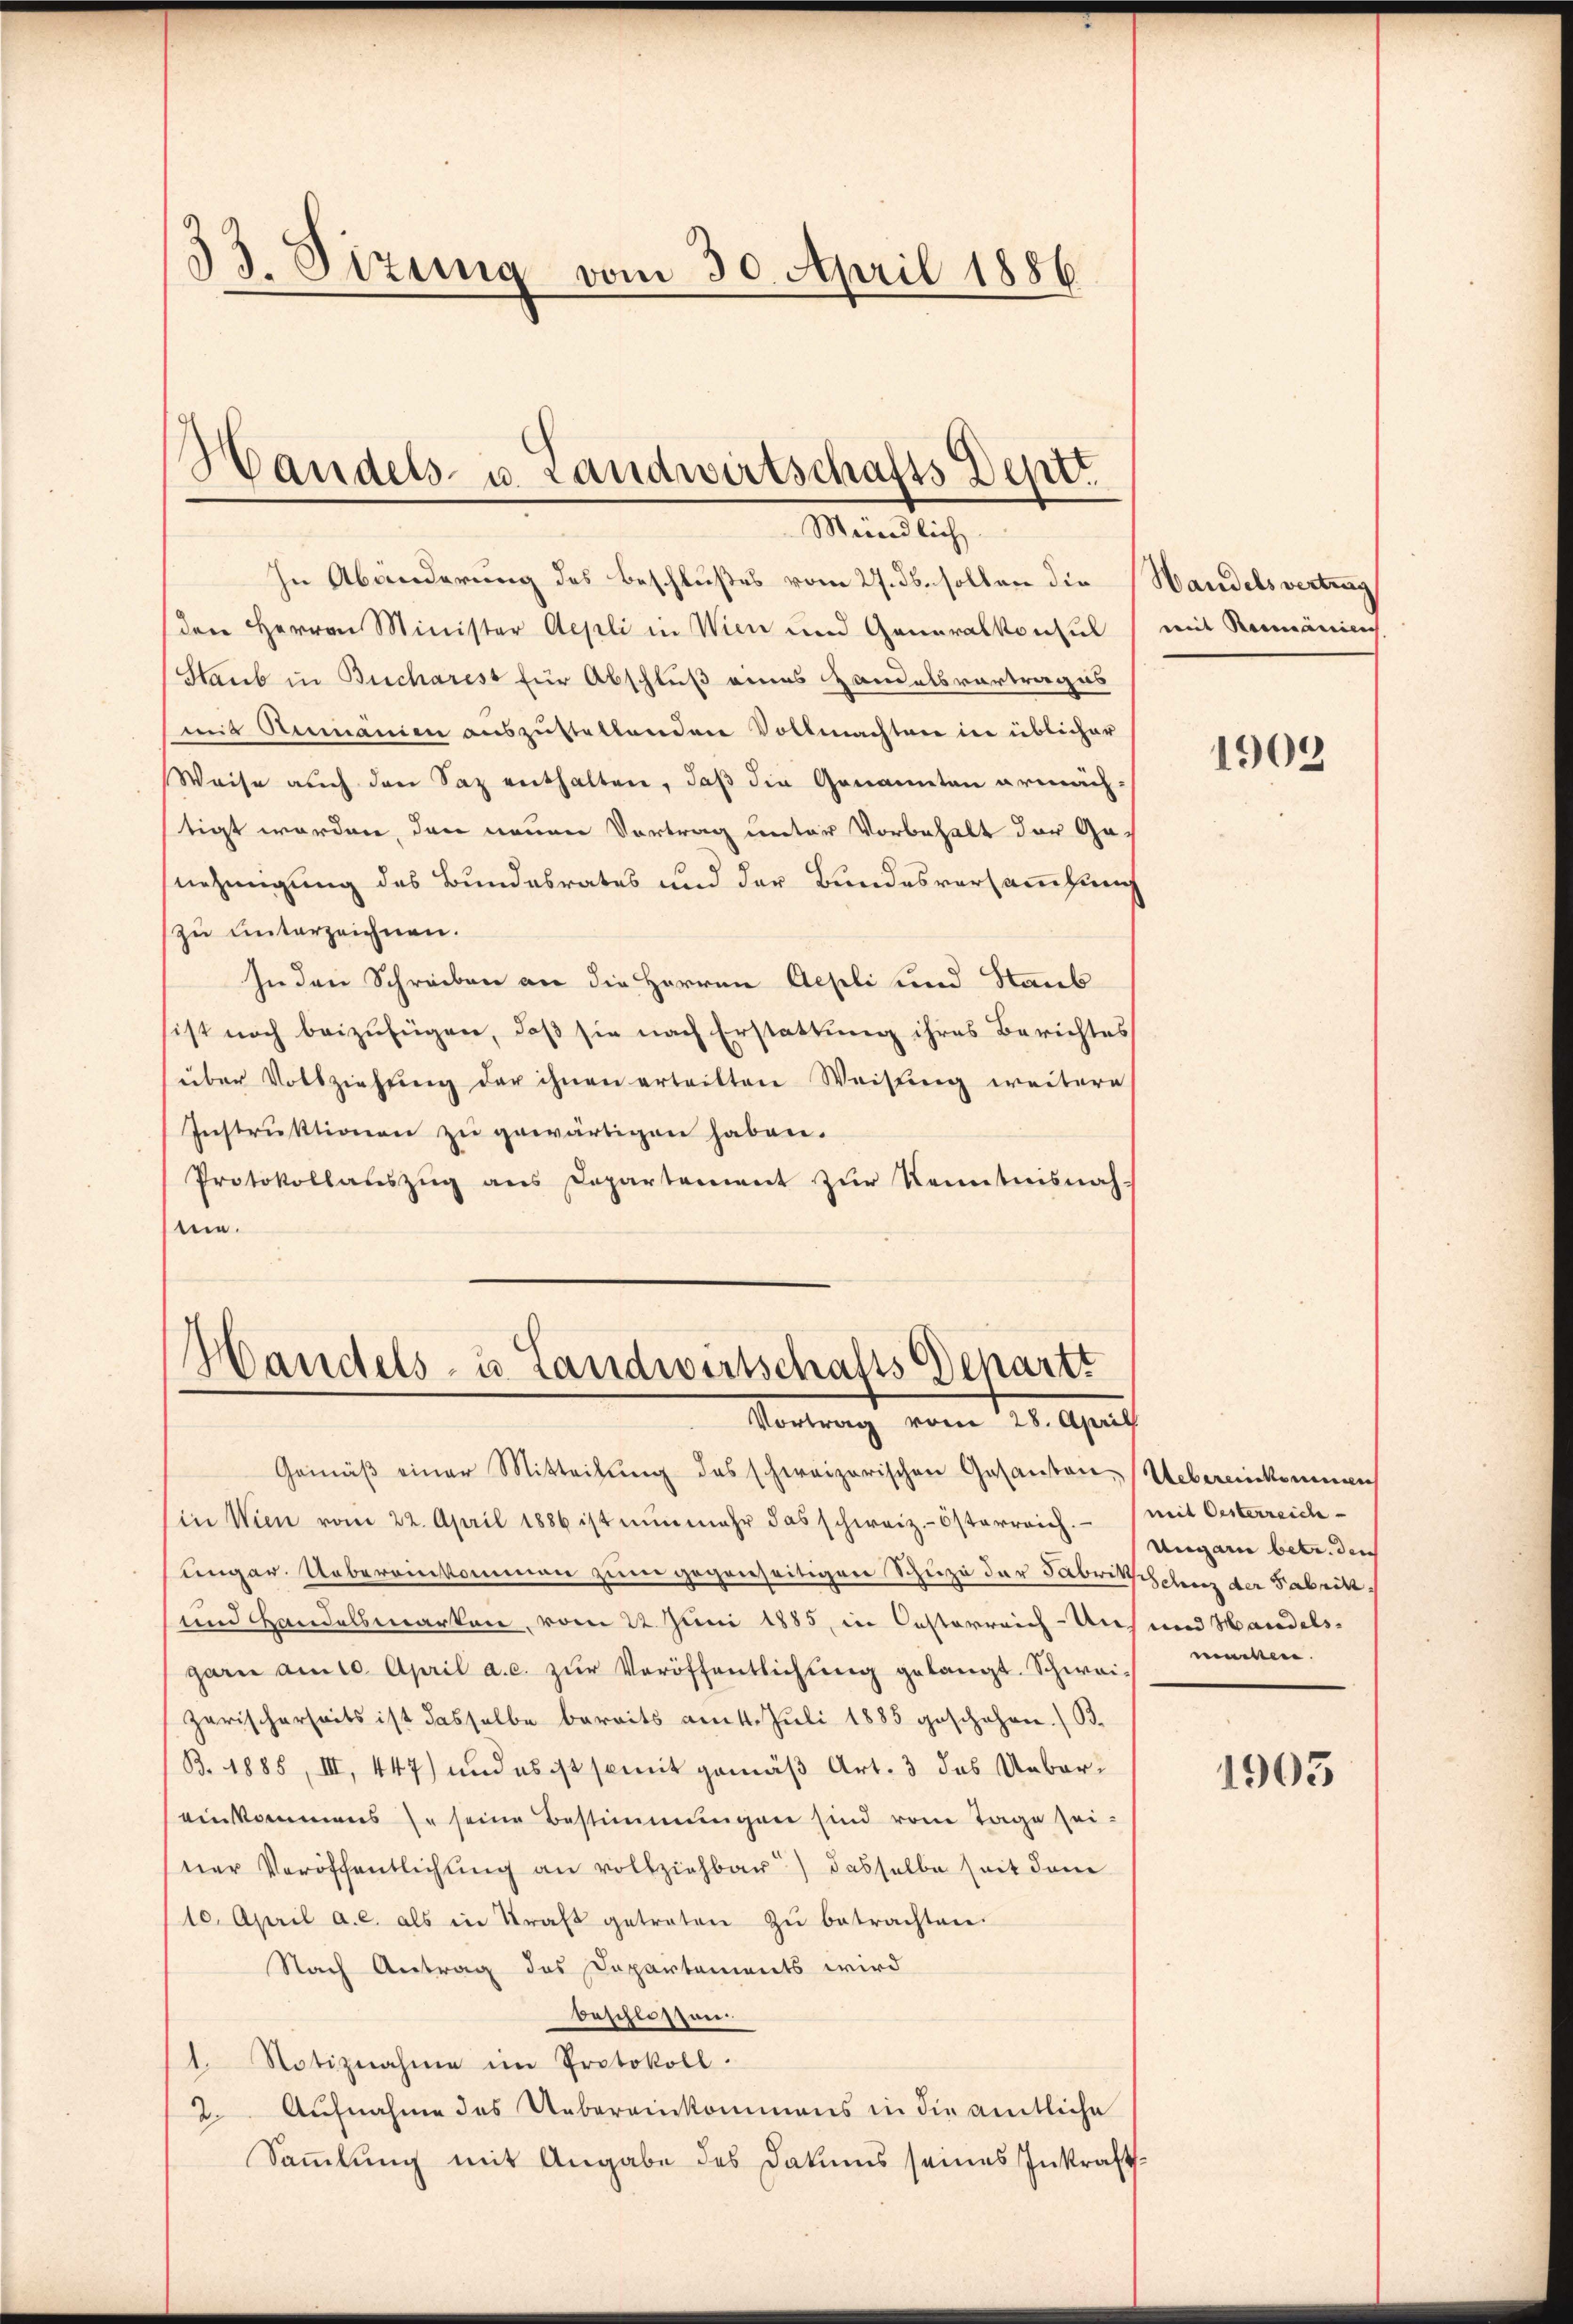
33. Sizung vom 30. April 1886

Handels- u. Landwirtschafts Deptt.
Mündlich

In Abänderung des Beschlußes vom 27. ds. sollen die Handelsvertrag
den Herren Minister Aepli in Wien und Generalkonsul, mit Rumänien
Staub in Bucharest für Abschluß eines Handelsvortrages
mit Rumänien auszustellenden Vollmachten in üblicher
Weise auch den Saz enthalten, daß die Genannten ermäch-
stigt worden, den neuen Vortrag unter Vorbehalt der Ge-
nehmigung des Bundesrates und der Bundesversammlung
zu unterzeichnen.
In den Schreiben an die Herren Aepli und Staub
ist noch beizufügen, daß sie nach Erstattung ihres Berichtes
über Vollziehŭng der ihnen erteilten Weisŭng weitere
Instruktionen zu gewärtigen haben.
Protokollauszug aus Departement zur Kenntnisnah-
nie.

1
Standels- u. Landwertschafts Depart
Vortrag vom 28. April

Gemäβ einer Mitteilŭng des schweizerischen Gesanten-Uebereinkommen
(in Wien vom 22. April 1886 ist nŭnmehr das schweiz.-Österreich. (mit Oesterreich-
ungar. Uebereinkommen zum gegenseitigen Schuze der Fabrikschelenz der Fabrik,
und Handelsmarken, vom 22. Juni 1885, in Oesterreich-Uns und Wandels-
garn am 10. April a. c. zur Veröffentlichung gelangt. Schweizarischerseits ist dasselbe bereits am 4. Juli 1885 geschehen. / B.
B. 1885, III, 447) und es ist somit gemäß Art. 3 das Uebereinkommens se seine Bestimmungen sind vom Tage sei-
ner Veröffentlichung an vollziehbar) dasselbe seit dem
10. April a. c. als in Kraft getreten zŭ betrachten.
Nach Antrag des Departements wird
beschlossen.
1. Notiznahme im Protokoll.
2. Aufnahme des Uebereinkommens in die amtliche
Sammlung mit Angabe des Datums seines Inkraft

1909

Ungarn betr. den
machen.

1903